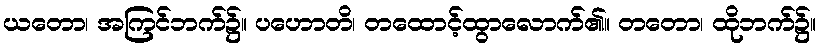
ယတော၊ အကြင်ဘက်၌။ ပဟောတိ၊ တထောင့်ထွာလောက်၏။ တတော၊ ထိုဘက်၌။